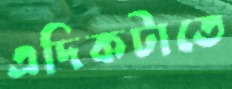
এদিকটাতে